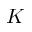
K